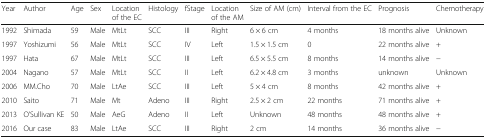
<table><thead><tr><td><b>Year</b></td><td><b>Author</b></td><td><b>Age</b></td><td><b>Sex</b></td><td><b>Location of the EC</b></td><td><b>Histology</b></td><td><b>fStage</b></td><td><b>Location of the AM</b></td><td><b>Size of AM (cm)</b></td><td><b>Interval from the EC</b></td><td><b>Prognosis</b></td><td><b>Chemotherapy</b></td></tr></thead><tbody><tr><td>1992</td><td>Shimada</td><td>59</td><td>Male</td><td>MtLt</td><td>SCC</td><td>III</td><td>Right</td><td>6 × 6 cm</td><td>4 months</td><td>18 months alive</td><td>Unknown</td></tr><tr><td>1997</td><td>Yoshizumi</td><td>56</td><td>Male</td><td>MtLt</td><td>SCC</td><td>IV</td><td>Left</td><td>1.5 × 1.5 cm</td><td>0</td><td>22 months alive</td><td>+</td></tr><tr><td>1997</td><td>Hata</td><td>67</td><td>Male</td><td>MtLt</td><td>SCC</td><td>III</td><td>Left</td><td>6.5 × 5.5 cm</td><td>8 months</td><td>14 months alive</td><td>−</td></tr><tr><td>2004</td><td>Nagano</td><td>57</td><td>Male</td><td>MtLt</td><td>SCC</td><td>II</td><td>Left</td><td>6.2 × 4.8 cm</td><td>3 months</td><td>unknown</td><td>Unknown</td></tr><tr><td>2006</td><td>MM.Cho</td><td>70</td><td>Male</td><td>LtAe</td><td>SCC</td><td>III</td><td>Left</td><td>5 × 4 cm</td><td>8 months</td><td>42 months alive</td><td>+</td></tr><tr><td>2010</td><td>Saito</td><td>71</td><td>Male</td><td>Mt</td><td>Adeno</td><td>III</td><td>Right</td><td>2.5 × 2 cm</td><td>22 months</td><td>71 months alive</td><td>+</td></tr><tr><td>2013</td><td>O’Sullivan KE</td><td>50</td><td>Male</td><td>AeG</td><td>Adeno</td><td>II</td><td>Left</td><td>Unknown</td><td>48 months</td><td>48 months alive</td><td>+</td></tr><tr><td>2016</td><td>Our case</td><td>83</td><td>Male</td><td>LtAe</td><td>SCC</td><td>III</td><td>Right</td><td>2 cm</td><td>14 months</td><td>36 months alive</td><td>−</td></tr></tbody></table>